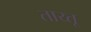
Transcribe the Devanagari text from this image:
ताय्तू